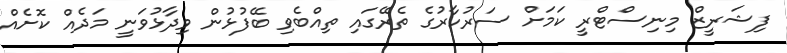
ފިޝަރީޒް މިނިސްޓްރީ ކަމަށް ސަރުކާރުގެ ތެރޭގައި ތިއްބެވި ބޭފުޅުން ވިދާޅުވަނީ މަދެއް ކޮށެއް